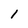
Character: l